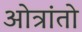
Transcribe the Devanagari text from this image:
ओत्रांतो